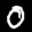
Label: 0